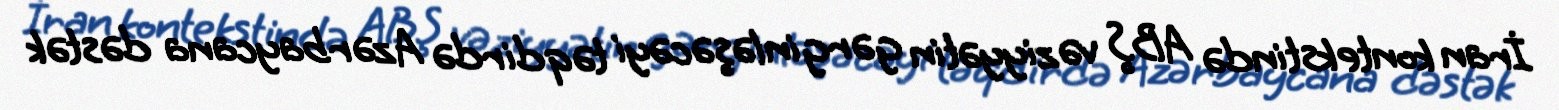
İran kontekstində ABŞ vəziyyətin gərginləşəcəyi təqdirdə Azərbaycana dəstək